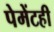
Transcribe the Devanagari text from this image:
पेमेंटही